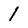
Character: l